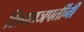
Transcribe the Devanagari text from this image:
शिवछञपतींनी